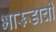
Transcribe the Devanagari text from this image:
भारूडाची